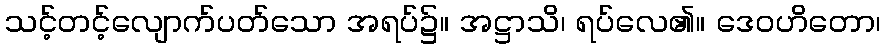
သင့်တင့်လျောက်ပတ်သော အရပ်၌။ အဋ္ဌာသိ၊ ရပ်လေ၏။ ဒေဝဟိတော၊